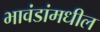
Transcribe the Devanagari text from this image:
भावंडांमधील